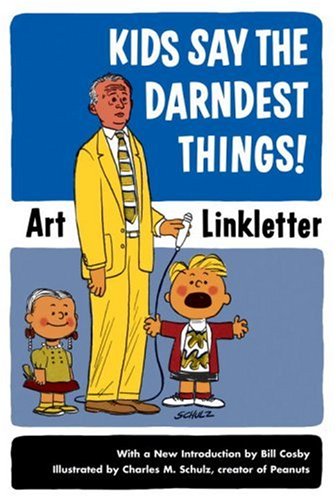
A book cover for Kids Say the Darndest Things!; Art Linkletter; Self-Help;